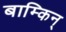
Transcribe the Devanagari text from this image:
बाम्किन्